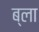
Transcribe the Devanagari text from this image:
ब्ला